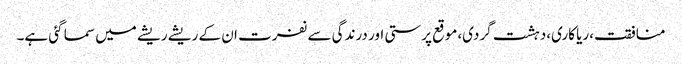
منافقت،ریا کاری،دہشت گردی،موقع پرستی اور درندگی سے نفرت ان کے ریشے ریشے میں سما گئی ہے۔